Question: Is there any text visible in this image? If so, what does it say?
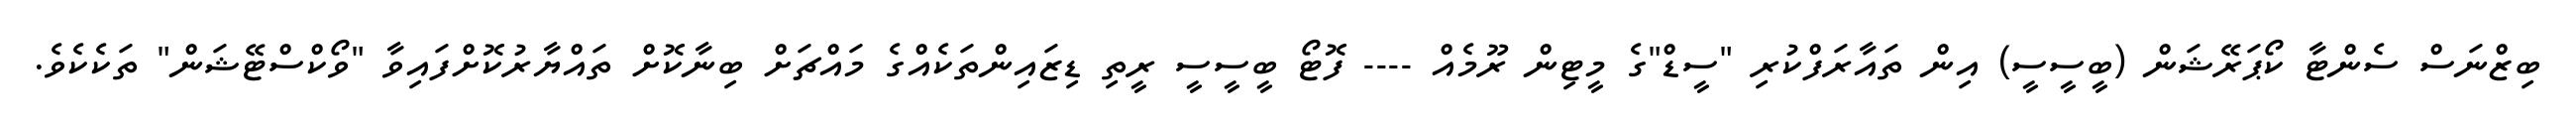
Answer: ބިޒްނަސް ސެންޓާ ކޯޕަރޭޝަން (ބީސީސީ) އިން ތައާރަފްކުރި "ސީޑް"ގެ މީޓިން ރޫމެއް ---- ފޮޓޯ ބީސީސީ ރީތި ޑިޒައިންތަކެއްގެ މައްޗަށް ބިނާކޮށް ތައްޔާރުކޮށްފައިވާ "ވޯކްސްޓޭޝަން" ތަކެކެވެ.